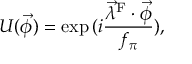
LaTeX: U ( \vec { \phi } ) = \exp { ( i \frac { \vec { \lambda } ^ { \mathrm { F } } \cdot \vec { \phi } } { f _ { \pi } } ) } ,